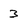
Character: 3